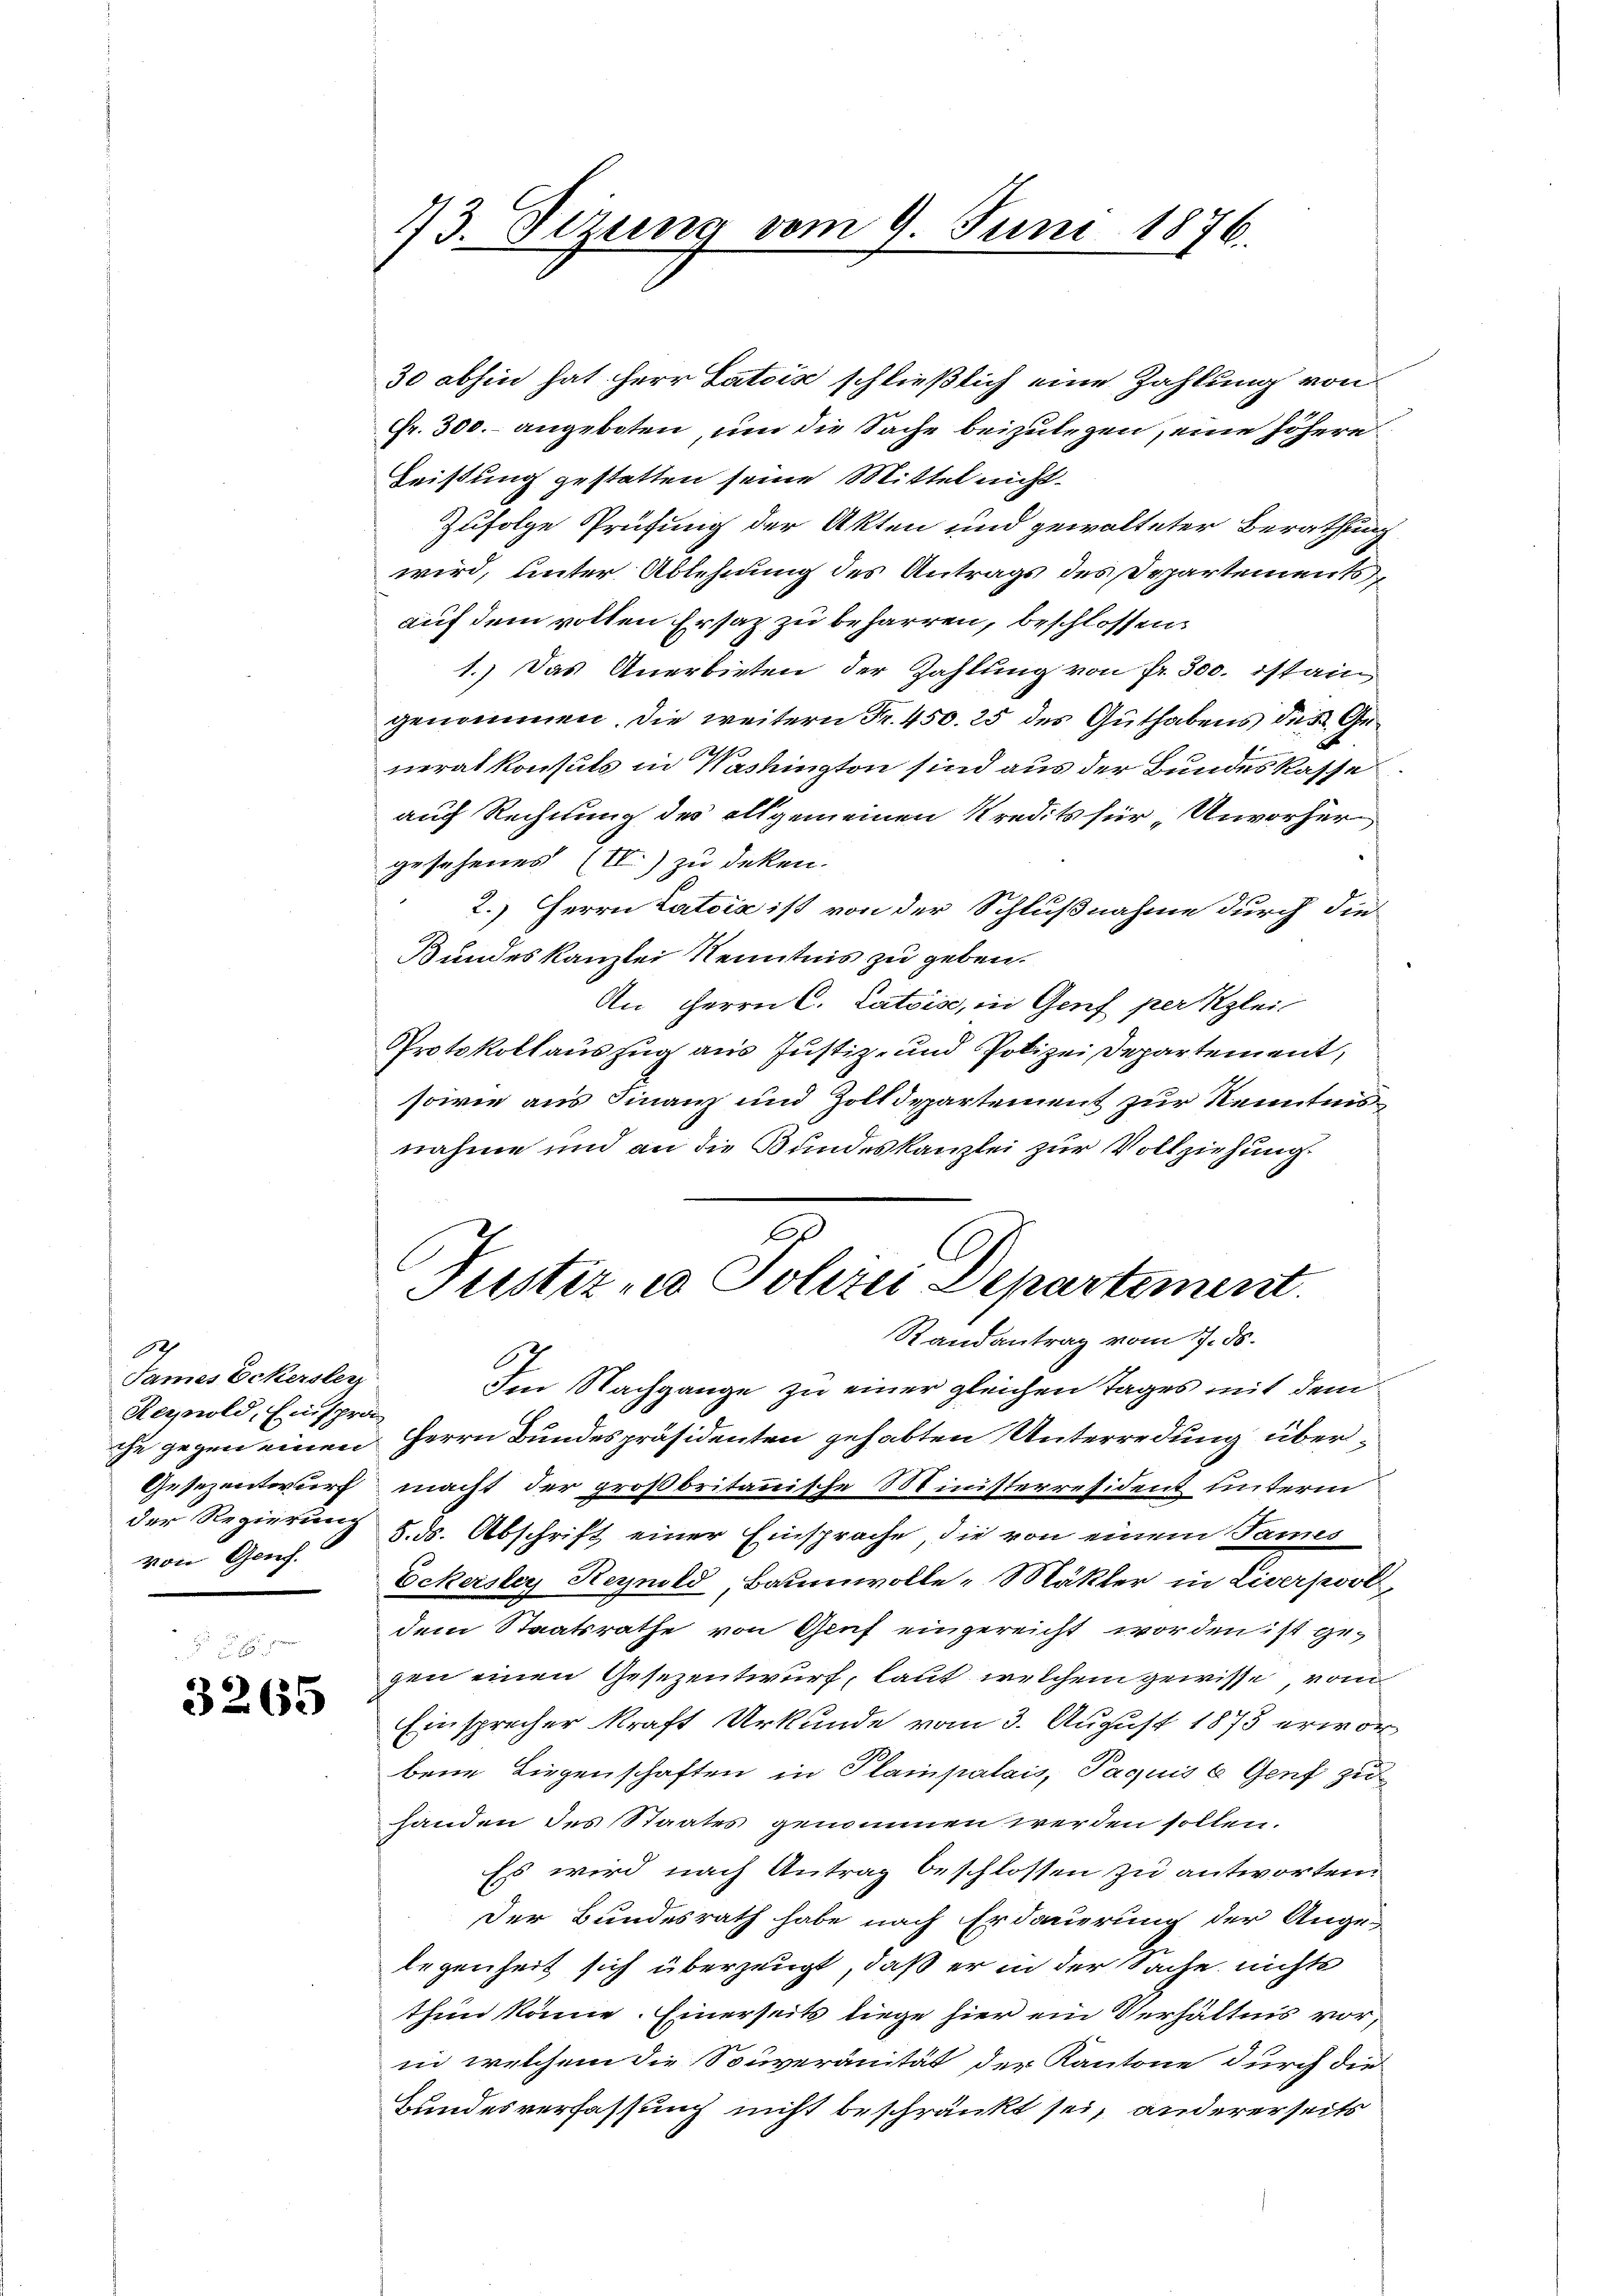
Och
James Eckersterz
Rernold, Einspra
von Genf.

3265

73. Sizung vom 9. Juni 1876.

30 abhin hat Herr Latois schließlich eine Zahlung von
Fr. 300.- angeboten, um die Sache beizulegen, eine höhere
Leistung gestatten seine Mittel nicht
Zufolge Prüfung der Akten und gewalteter Berathung
wird, unter Ablehnung des Antrags des Departementsauf dem vollen Ersatz zu beharren, beschlossens
1.) Das Anerbieten der Zahlung von fr. 300. ist ain
genommen. Die weitern Fr. 450. 25 des Guthabens des Generalkonsuls in Washington sind aus der Bundeskasse
auch Rechnung des allgemeinen Kredits für Unvorher
gesehenes (IV) zu deken.
2.) Herrn Latois ist von der Schlußnahme durch die
Bundeskanzlei Kenntnis zu geben.
An Herrn C. Catoise, in Genf per Klei
Protokollauszug aus Justiz- und Polizei Departement,
sowie aus Finanz und Zolldepartement zur Kenntnisnahme und an die Bundeskanzlei zur Vollziehung.
b

Justiz und Polizei Departement.
Randantrag vom 17. ds.

Im Nachgange zu einer gleichen Tages mit dem
che gegen einen Herrn Bundespräsidenten gehabten Unterredung über¬
Gesezentwurf macht der großbritannische Ministerresident unterm
der Regierung d. d. Abschrift einer Einsprache, die von einem James
Eckerstey Reynold, Baumwolle-Mäkler in Liverpool,
dem Staatsrathe von Genf eingereicht worden ist gegen einen Gesezentwurf, laut welchem gewisse, vom
Einsprecher kraft Urkunde vom 3. August 1873 erworbene Liegenschaften in Plampalais, Paquise Genf zu
handen des Staates genommen werden sollen.
Es wird nach Antrag beschlossen zu antworten.
Der Bundesrath habe nach Erdauerung der Angelegenheit sich überzeugt, daß er in der Sache nichts
then könne. Einerseits liege hier ein Verhältnis vorin welchem die Souveränität der Kantone durch die
Bundesverfassung nicht beschränkt sei, andererseits